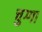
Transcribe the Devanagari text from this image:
चुग्गा